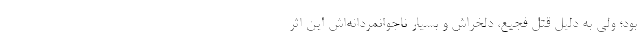
بود؛ ولی به دلیل قتل فجیع، دلخراش و بسیار ناجوانمردانه‌اش این اثر